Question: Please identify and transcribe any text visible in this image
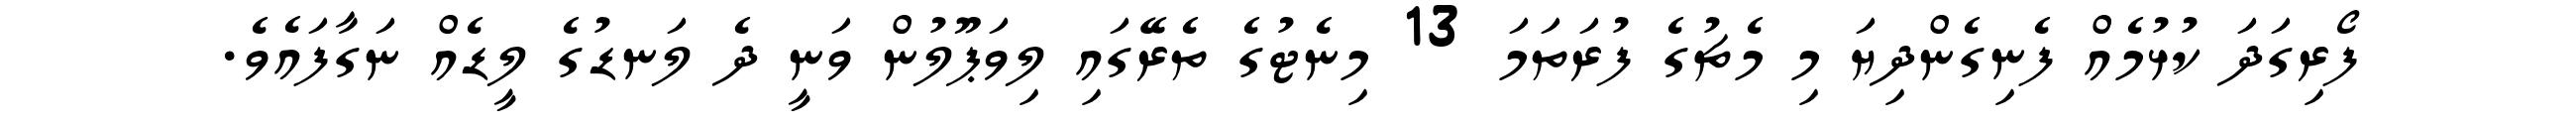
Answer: ފޯރިގަދަ ކުޅުމެއް ފެނިގެންދިޔަ މި މެޗުގެ ފުރަތަމަ 13 މިނެޓުގެ ތެރޭގައި ލިވަޕޫލުން ވަނީ ދެ ލަނޑުގެ ލީޑެއް ނަގާފައެވެ.